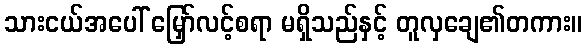
သားငယ်အပေါ် မြှော်လင့်စရာ မရှိသည်နှင့် တူလှချေ၏တကား။